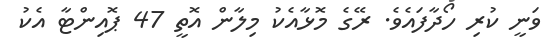
ވަނީ ކުރި ހޯދާފައެވެ. ރޭގެ މޮޅާއެކު މިލާން އޮތީ 47 ޕޮއިންޓާ އެކު